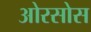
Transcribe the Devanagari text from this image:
ओरसोस